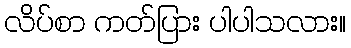
လိပ်စာ ကတ်ပြား ပါပါသလား။